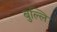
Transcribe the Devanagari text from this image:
बुल्लि